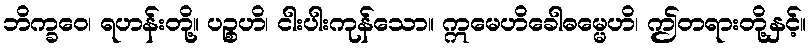
ဘိက္ခဝေ၊ ရဟန်းတို့။ ပဉ္စဟိ၊ ငါးပါးကုန်သော။ ဣမေဟိခေါဓမ္မေဟိ၊ ဤတရားတို့နှင့်။